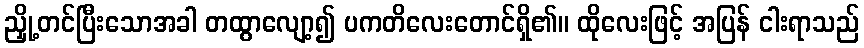
ညှို့တင်ပြီးသောအခါ တထွာလျော့၍ ပကတိလေးတောင်ရှိ၏။ ထိုလေးဖြင့် အပြန် ငါးရာသည်